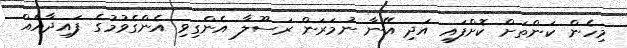
މިހެން ކަންތަށް ކޮށްފައި އަދި އޭނާ ނުމަރަން ރަސޫލާ އެންގިވި އެންގެވުމުގެ ފައިދާއެއް